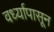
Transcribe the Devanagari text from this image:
वर्ध्यापासून